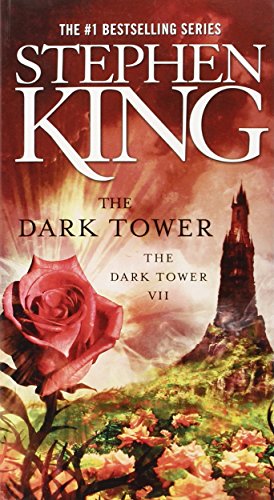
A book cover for The Dark Tower (The Dark Tower, Book 7); Stephen King; Science Fiction & Fantasy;